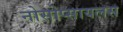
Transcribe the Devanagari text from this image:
नोसोप्सायलस